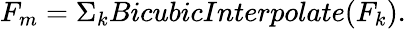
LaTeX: F_{m}=\Sigma_{k}BicubicInterpolate(F_{k}).